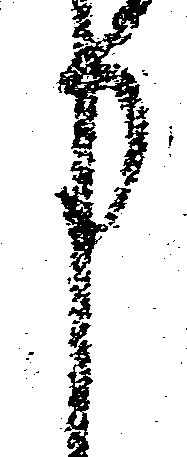
申